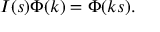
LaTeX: I ( s ) \Phi ( k ) = \Phi ( k s ) .